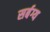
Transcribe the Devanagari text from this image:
सर्बग्य